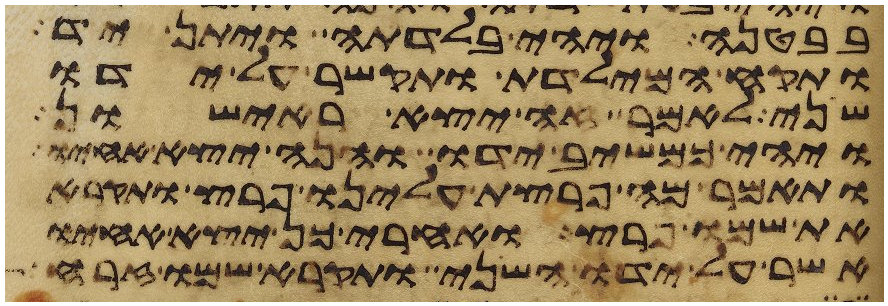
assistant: בבטנה ויהי בלדתה ויתן יד
ותקח המילדת ותקשר על ידו
שני לאמר זה יצא ראישון
ויהי כמשיב ידו והנה יצא אחיו
ותאמר מה פרצת עלינו פרץ ותקרא
את שמו פרץ ואחרי כן יצא אחיו
אשר על ידו השני ותקרא שמו זרח